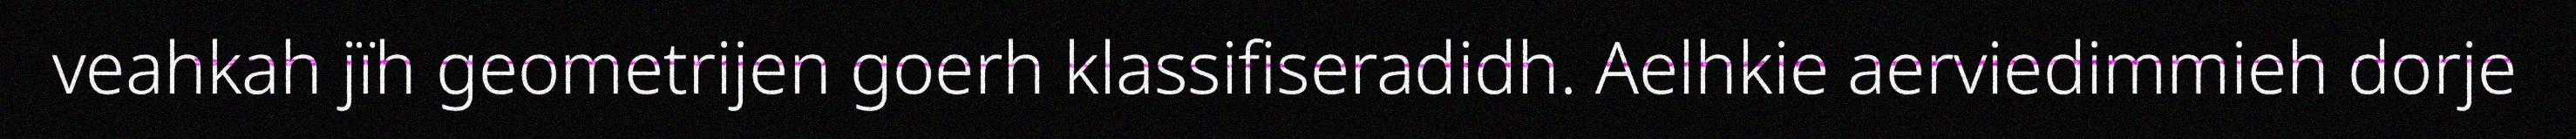
veahkah jïh geometrijen goerh klassifiseradidh. Aelhkie aerviedimmieh dorje